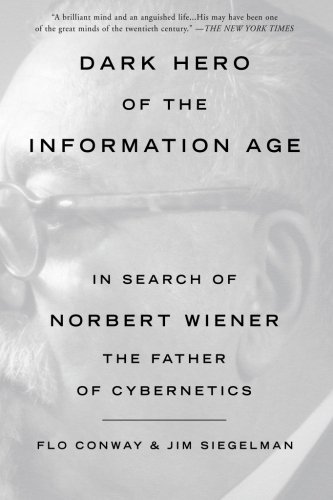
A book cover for Dark Hero of the Information Age: In Search of Norbert Wiener The Father of Cybernetics; Flo Conway; Biographies & Memoirs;